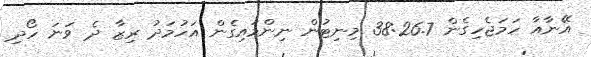
އޭނާއާ ހަމަޖެހިގެން 38:26.7 މިނިޓުން ނިންމައިގެން އަހުމަދު ރިޒާ ދެ ވަނަ ހޯދި